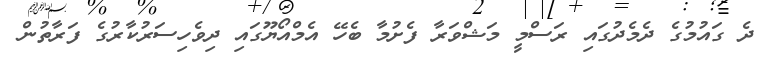
ދެ ގައުމުގެ ދެމެދުގައި ރަސްމީ މަޝްވަރާ ފެށުމާ ބެހޭ އެމްއޯޔޫގައި ދިވެހިސަރުކާރުގެ ފަރާތުން